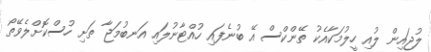
ލުޖައިން ލުއި ހީލުމަކާއެކު ތޭންކްސް އޭ ބުނެފައި ހުއްޓާނުލައި އަނބުމަޖާ ތަށި ހުސްކޮށްލެވޭތޯ